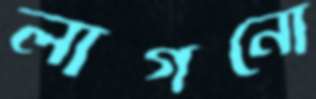
লাগনো